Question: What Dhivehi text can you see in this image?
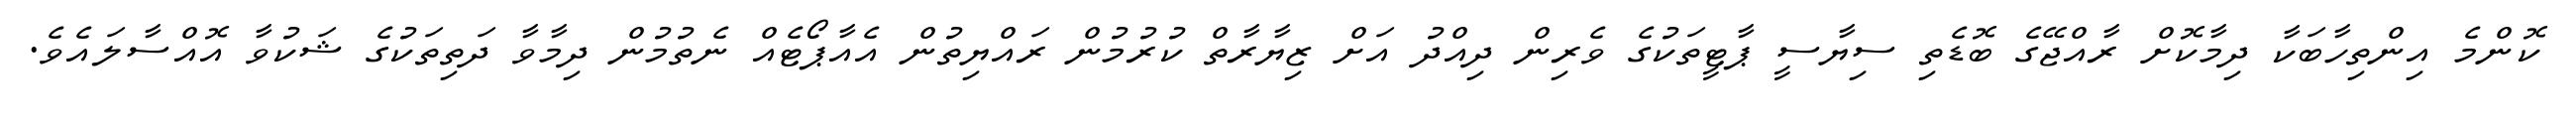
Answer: ކޮންމެ އިންތިހާބަކާ ދިމާކޮށް ރާއްޖޭގެ ބޮޑެތި ސިޔާސީ ޕާޓީތަކުގެ ވެރިން ދިއްދު އަށް ޒިޔާރާތް ކުރުމުން ރައްޔިތުން އެއާޕޯޓެއް ނެތުމުން ދިމާވާ ދަތިތަކުގެ ޝަކުވާ އޮއްސާލައެވެ.